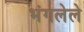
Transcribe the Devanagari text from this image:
भंगलेले